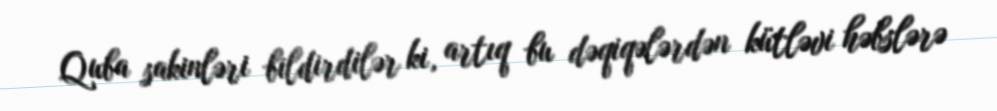
Quba sakinləri bildirdilər ki, artıq bu dəqiqələrdən kütləvi həbslərə